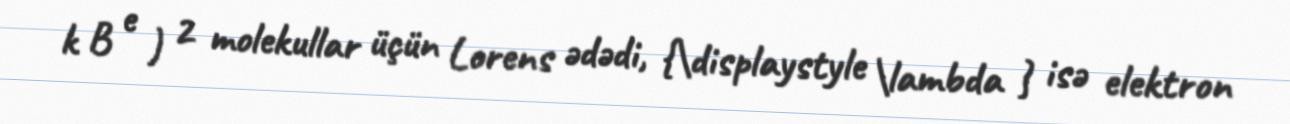
k B e ) 2 molekullar üçün Lorens ədədi, {\displaystyle \lambda } isə elektron